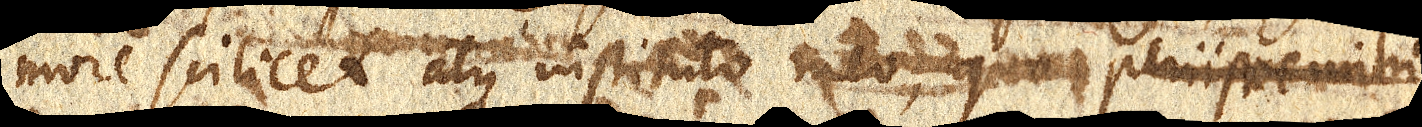
more scilicet atque instituto meo, quo periisse mihi